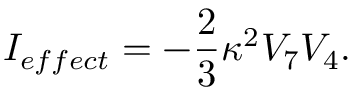
I _ { e f f e c t } = - \frac { 2 } { 3 } \kappa ^ { 2 } V _ { 7 } V _ { 4 } .